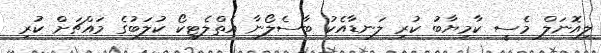
ލިއޮނަލް މެސީ ކާމިޔާބު ކުރި ލަނޑާއެކު ބާސެލޯނާ އެތްލެޓިކޯ ކުލަބުގެ މައްޗަށް ކުރި